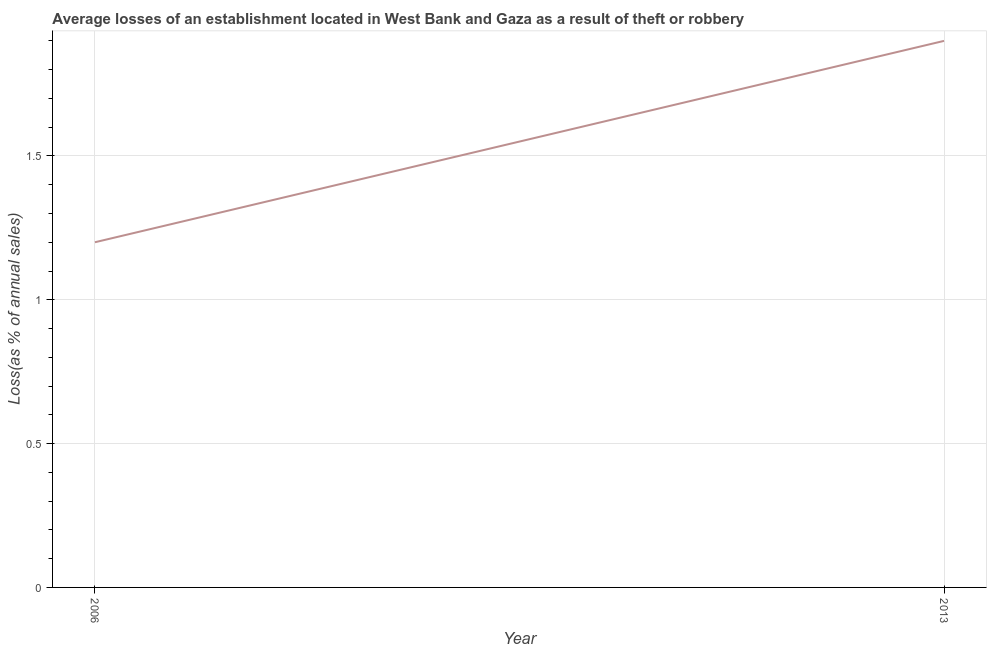
| Year | Losses due to theft |
 | --- | --- |
 | 2006 | 1.2 |
 | 2013 | 1.9 |